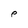
Character: P